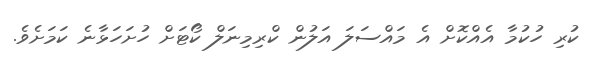
ކުރި ހުކުމާ އެއްކޮށް އެ މައްސަލަ އަލުން ކްރިމިނަލް ކޯޓަށް ހުށަހަޅާނެ ކަމަށެވެ.